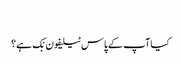
‬
‫کیا آپ کے پاس ٹیلیفون بْک ہے؟